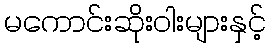
မကောင်းဆိုးဝါးများနှင့်